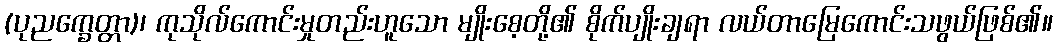
(ပုညက္ခေတ္တာ)၊ ကုသိုလ်ကောင်းမှုတည်းဟူသော မျိုးစေ့တို့၏ စိုက်ပျိုးချရာ လယ်တာမြေကောင်းသဖွယ်ဖြစ်၏။